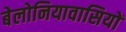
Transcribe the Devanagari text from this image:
बेलोनियावासियों